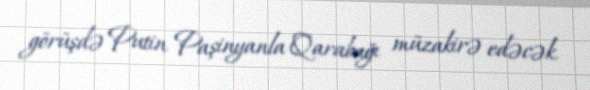
görüşdə Putin Paşinyanla Qarabağı müzakirə edəcək.